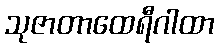
သုဇာတာထေရီဂါထာ